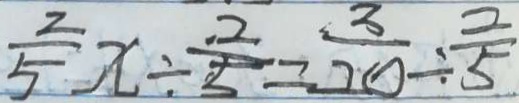
\frac { 2 } { 5 } x \div \frac { 2 } { 5 } = \frac { 3 } { 2 0 } \div \frac { 2 } { 5 }